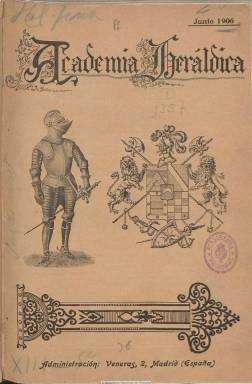
Título: Academia heráldica
Colección: Heráldica
Ámbito geográfico: Madrid
Lugar de publicación: Madrid
Fechas: 01/06/1906-31/12/1910

Revista de ciencias históricas, genealogía, arqueología, heráldica y bellas artes, etc., es el subtítulo de esta publicación de frecuencia mensual que aparece en junio de 1906, bajo la dirección de Julio Lecea y Navas. Su director artístico es el dibujante Julio de Yepes y Rosales; su secretario de redacción, Samuel Cardona, y el administrador y gerente, Venancio Monasterio, que será sustituido por Ricardo Gil de Balenchana.

Cada entrega comienza con la sección Notas del mes, en el que Lecea da cuenta de novedades sobre las cuestiones principales de la revista, que insertará estudios y descripciones de los principales apellidos y familias y casas españolas y de otros países, de títulos nobiliarios y órdenes militares y de sus miembros, de poblaciones, archivos, maestranzas, certificaciones, relaciones de cartas de hidalguía, blasones, sellos, etc. Asimismo, tiene una sección de Bibliografía nobiliaria y otra breve de Noticias.

Sus páginas están ilustradas con dibujos de blasones, insignias, escudos, sellos, etc., además de fotograbados de reproducciones artísticas, vistas de edificios singulares (catedrales, archivos) y también de retratos de personajes de la nobleza del momento, que forman una colección.

También publica estudios teóricos, como unas Notas heráldicas, de Luis Albornoz, y el titulado Rioja antigua, de Narciso Hergueta y Martín, así como unos Datos para la historia nobiliaria. Entre sus colaboradores están Eduardo de Nacha, José Alvani, Gregorio García Ciprés, Santiago Otero Enríquez, Ubaldo de Molina, Manuel Cortina y de la Vega, Antonio Pérez Arcas y el Conde de Cinarca.

A partir  de enero de 1909, al título se le añadirá la indicación “publicazione ufficiale dell’Instituto Araldico Italiano”, presidido por Tomaso Pugliati. Y desde abril, se agrega “et revues heraldique et des questions heraldiques, réunies, Bulletin de l’Academie Heraldique de France”, siendo Vicomte de Mazléres-Mauleon, el director de esta sección francesa.

La revista publicará textos en francés, italiano y portugués, de Guillaume Swarth, Jules Colin, C. de Saint-Marc, Cesare Fogli, Antonio Baiao, Eugéne Harot y Baron de Roure de Paulin, entre otros.

Cada año conforma un tomo, con índices de los principales apellidos y títulos nobiliarios que se mencionan en sus cuadernos. El último número de la colección corresponde a diciembre de 1910. Se desconoce si siguió publicándose, pero, en 1913, Julio de Yepes y Rosales y Mariano Gil de Balenchana inician la publicación de Nueva academia heráldica y archivos históricos de genealogía y heráldica, que todavía seguía publicándose en 1923.